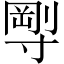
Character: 𡬼